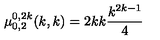
\mu _ { 0 , 2 } ^ { 0 , 2 k } ( k , k ) = { \binom { 2 k } { k } } { \frac { k ^ { 2 k - 1 } } { 4 } }